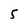
Character: S